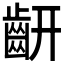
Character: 𪗛